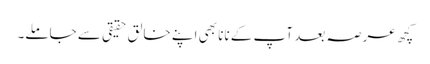
کچھ عرصہ بعد آپ کے نانا بھی اپنے خالق حقیقی سے جاملے۔